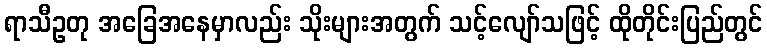
ရာသီဥတု အခြေအနေမှာလည်း သိုးများအတွက် သင့်လျော်သဖြင့် ထိုတိုင်းပြည်တွင်